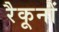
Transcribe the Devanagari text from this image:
रैकूनों